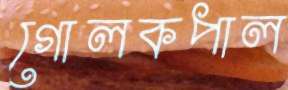
গোলকপাল